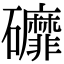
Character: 䃺